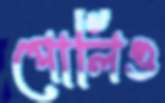
পোলিও